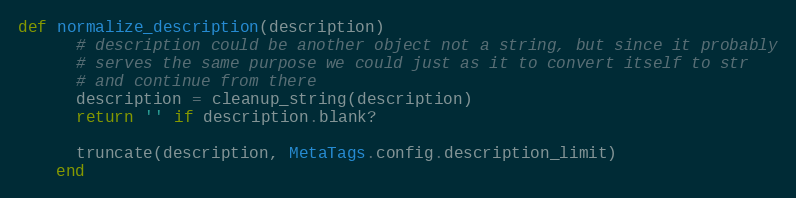
Language: Ruby
def normalize_description(description)
      # description could be another object not a string, but since it probably
      # serves the same purpose we could just as it to convert itself to str
      # and continue from there
      description = cleanup_string(description)
      return '' if description.blank?

      truncate(description, MetaTags.config.description_limit)
    end